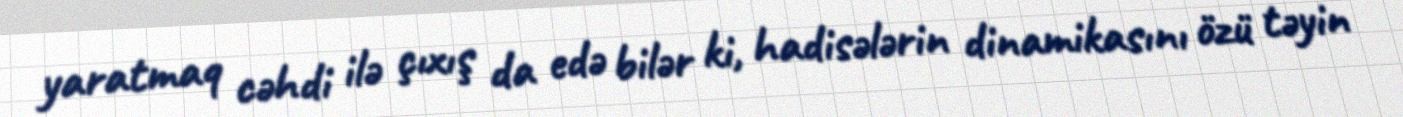
yaratmaq cəhdi ilə çıxış da edə bilər ki, hadisələrin dinamikasını özü təyin